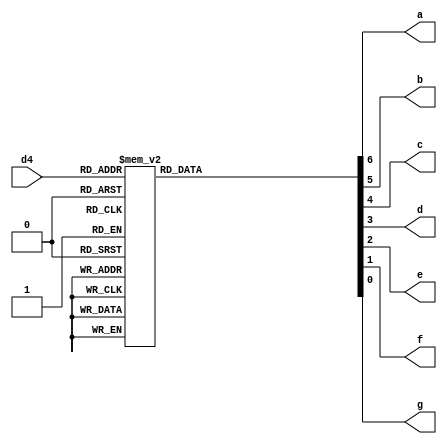
module DECODIFICADOR_BCD(d4, a, b, c, d, e, f, g);

	input [3:0] d4;
	output a,b,c,d,e,f,g;
	reg [6 : 0] d7s;

	always @(*)
	begin
		case (d4)
			4'b0000: 
				d7s=7'b0000001;
			4'b0001: 
				d7s=7'b1001111;
			4'b0010: 
				d7s=7'b0010010;
			4'b0011: 
				d7s=7'b0000110;
			4'b0100: 
				d7s=7'b1001100;
			4'b0101: 
				d7s=7'b0100100;
			4'b0110:
				d7s=7'b0100000;
			4'b0111:
				d7s=7'b0001111;
			4'b1000: 
				d7s=7'b0000000;
			4'b1001: 
				d7s=7'b0000100;
			4'b1010: 
				d7s=7'b1111110; // trao
			4'b1011: 
				d7s=7'b0111000; // F -> para OF (Overflow)
			default: 
				d7s = 7'b1111111;	// apagado
		endcase
	end
	assign {a,b,c,d,e,f,g} = d7s;
	
endmodule